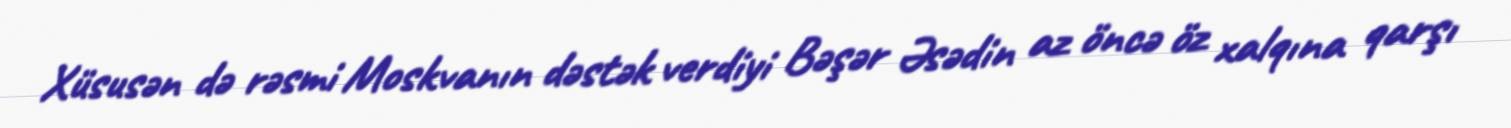
Xüsusən də rəsmi Moskvanın dəstək verdiyi Bəşər Əsədin az öncə öz xalqına qarşı